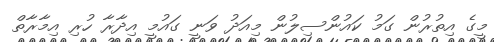
މީގެ އިތުރުން ގަމު ކައުންސިލުން މިއަދު ވަނީ ގައުމީ އިދާރާ ހުރި އިމާރާތް